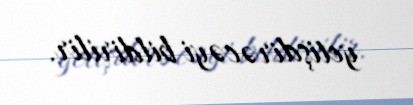
yetişdirəcəyi bildirilir.